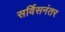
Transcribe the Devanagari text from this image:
सर्विसनंतर